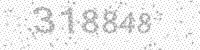
Solution: 318848